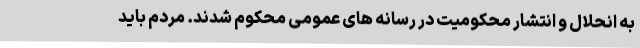
به انحلال و انتشار محکومیت در رسانه های عمومی محکوم شدند. مردم باید